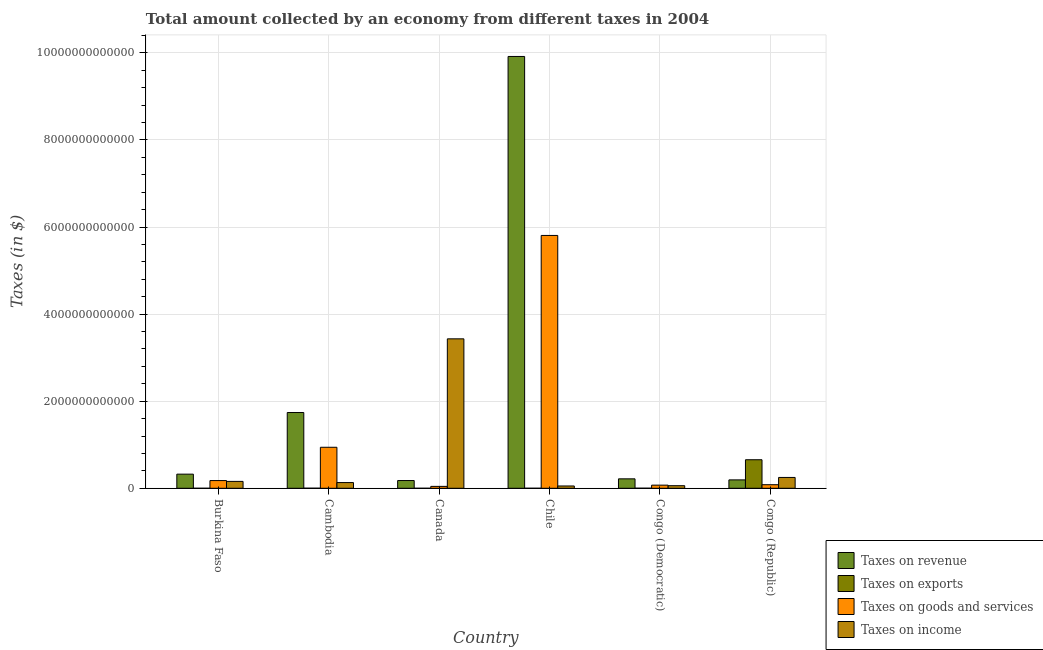
| Country | Taxes on revenue | Taxes on exports | Taxes on goods and services | Taxes on income |
 | --- | --- | --- | --- | --- |
 | Burkina Faso | 3.25e+11 | 1.08e+07 | 1.77e+11 | 1.58e+11 |
 | Cambodia | 1.74e+12 | 1.6e+09 | 9.42e+11 | 1.31e+11 |
 | Canada | 1.78e+11 | 4.41e+06 | 4.36e+10 | 3.43e+12 |
 | Chile | 9.92e+12 | 5.27e+08 | 5.81e+12 | 5.31e+10 |
 | Congo (Democratic) | 2.17e+11 | 1.62e+09 | 7.21e+10 | 5.93e+10 |
 | Congo (Republic) | 1.93e+11 | 6.56e+11 | 8.21e+10 | 2.49e+11 |